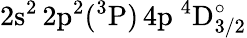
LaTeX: \mathrm{2s^{2}\, 2p^{2}(^{3}P)\, 4p~^{4}D_{3/2}^{\circ}}